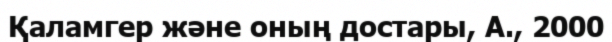
Қаламгер және оның достары, А., 2000